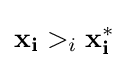
\mathbf {x_{i}} >_{i}\mathbf {x_{i}^{*}}